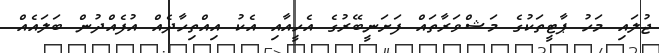
ޖުލައި މަހު ޕާޓީތަކުގެ މަޝްވަރާތައް ފަށަނީބޭރުގެ އެހީއާއި އެކު އިއްތިހާދެއް އުފެއްދުން ބަލައެއް